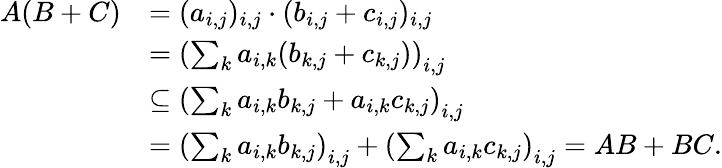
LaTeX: \begin{array}{rl}{A(B+C)}&{=(a_{i,j})_{i,j}\cdot(b_{i,j}+c_{i,j})_{i,j}}\\ &{=\left(\sum_{k}a_{i,k}(b_{k,j}+c_{k,j})\right)_{i,j}}\\ &{\subseteq\left(\sum_{k}a_{i,k}b_{k,j}+a_{i,k}c_{k,j}\right)_{i,j}}\\ &{=\left(\sum_{k}a_{i,k}b_{k,j}\right)_{i,j}+\left(\sum_{k}a_{i,k}c_{k,j}\right)_{i,j}=AB+BC.}\end{array}